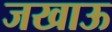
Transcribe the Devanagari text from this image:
जखाऊ